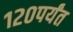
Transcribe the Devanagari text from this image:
१२०पर्यंत